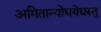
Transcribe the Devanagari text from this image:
अमितान्योधयेद्यस्तु